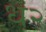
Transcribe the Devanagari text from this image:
ध२